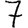
Digit: 7